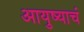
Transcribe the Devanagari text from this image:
आयुष्याचं